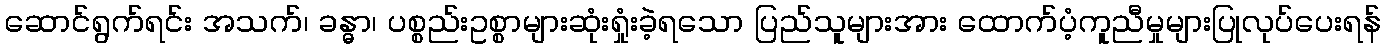
ဆောင်ရွက်ရင်း အသက်၊ ခန္ဓာ၊ ပစ္စည်းဥစ္စာများဆုံးရှုံးခဲ့ရသော ပြည်သူများအား ထောက်ပံ့ကူညီမှုများပြုလုပ်ပေးရန်